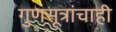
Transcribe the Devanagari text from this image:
गुणसूत्रांचाही